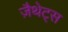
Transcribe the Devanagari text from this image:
ज़ैथेट्स